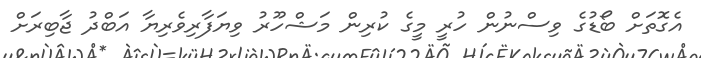
އެގޮތަށް ބޯޑުގެ ވިސްނުން ހުރީ މީގެ ކުރިން މަޝްހޫރު ވިޔަފާރިވެރިޔާ އަބްދު ޖާބިރަށް